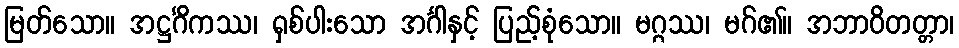
မြတ်သော။ အဋ္ဌင်္ဂိကဿ၊ ရှစ်ပါးသော အင်္ဂါနှင့် ပြည့်စုံသော။ မဂ္ဂဿ၊ မဂ်၏။ အဘာဝိတတ္တာ၊